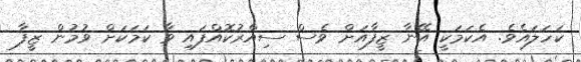
ކަހަލައެވެ. އެކަމަކީ އޭނާ ޒީފާއަށް ވެސް ސިއްރުކޮއްފައި ވާ ކަމަކަށް ވުމުން ޒީފާ